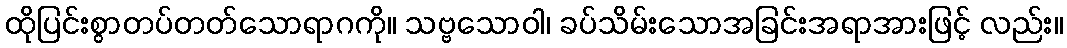
ထိုပြင်းစွာတပ်တတ်သောရာဂကို။ သဗ္ဗသောဝါ၊ ခပ်သိမ်းသောအခြင်းအရာအားဖြင့် လည်း။